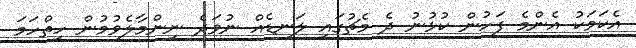
އެކަމަކު އެންމެ ފަހުން ކުޅުނު ދެ މެޗުގައި ލަނޑެއް ނުވަދެ ނިންމާލެވުމުން ހިތްހަމަ